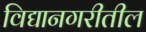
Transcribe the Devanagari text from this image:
विद्यानगरीतील